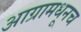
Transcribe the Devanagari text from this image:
आग्रामधूनच